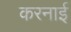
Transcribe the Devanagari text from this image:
करनाई